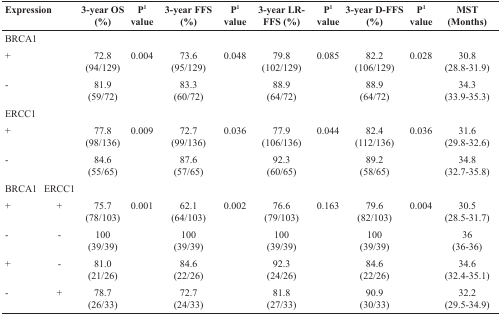
<table><thead><tr><td colspan="2"><b>Expression</b></td><td><b>3-year OS (%)</b></td><td><b>P<sup>1</sup> value</b></td><td><b>3-year FFS (%)</b></td><td><b>P<sup>1</sup> value</b></td><td><b>3-year LR-FFS (%)</b></td><td><b>P<sup>1</sup> value</b></td><td><b>3-year D-FFS (%)</b></td><td><b>P<sup>1</sup> value</b></td><td><b>MST (Months)</b></td></tr></thead><tbody><tr><td>BRCA1</td><td></td><td></td><td></td><td></td><td></td><td></td><td></td><td></td><td></td><td></td></tr><tr><td>+</td><td></td><td>72.8(94/129)</td><td>0.004</td><td>73.6(95/129)</td><td>0.048</td><td>79.8(102/129)</td><td>0.085</td><td>82.2(106/129)</td><td>0.028</td><td>30.8(28.8-31.9)</td></tr><tr><td>-</td><td></td><td>81.9(59/72)</td><td></td><td>83.3(60/72)</td><td></td><td>88.9(64/72)</td><td></td><td>88.9(64/72)</td><td></td><td>34.3(33.9-35.3)</td></tr><tr><td>ERCC1</td><td></td><td></td><td></td><td></td><td></td><td></td><td></td><td></td><td></td><td></td></tr><tr><td>+</td><td></td><td>77.8(98/136)</td><td>0.009</td><td>72.7(99/136)</td><td>0.036</td><td>77.9(106/136)</td><td>0.044</td><td>82.4(112/136)</td><td>0.036</td><td>31.6(29.8-32.6)</td></tr><tr><td>-</td><td></td><td>84.6(55/65)</td><td></td><td>87.6(57/65)</td><td></td><td>92.3(60/65)</td><td></td><td>89.2(58/65)</td><td></td><td>34.8(32.7-35.8)</td></tr><tr><td>BRCA1</td><td>ERCC1</td><td></td><td></td><td></td><td></td><td></td><td></td><td></td><td></td><td></td></tr><tr><td>+</td><td>+</td><td>75.7(78/103)</td><td>0.001</td><td>62.1(64/103)</td><td>0.002</td><td>76.6(79/103)</td><td>0.163</td><td>79.6(82/103)</td><td>0.004</td><td>30.5(28.5-31.7)</td></tr><tr><td>-</td><td>-</td><td>100(39/39)</td><td></td><td>100(39/39)</td><td></td><td>100(39/39)</td><td></td><td>100(39/39)</td><td></td><td>36(36-36)</td></tr><tr><td>+</td><td>-</td><td>81.0(21/26)</td><td></td><td>84.6(22/26)</td><td></td><td>92.3(24/26)</td><td></td><td>84.6(22/26)</td><td></td><td>34.6(32.4-35.1)</td></tr><tr><td>-</td><td>+</td><td>78.7(26/33)</td><td></td><td>72.7(24/33)</td><td></td><td>81.8(27/33)</td><td></td><td>90.9(30/33)</td><td></td><td>32.2(29.5-34.9)</td></tr></tbody></table>